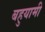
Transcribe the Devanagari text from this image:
बहुयामी